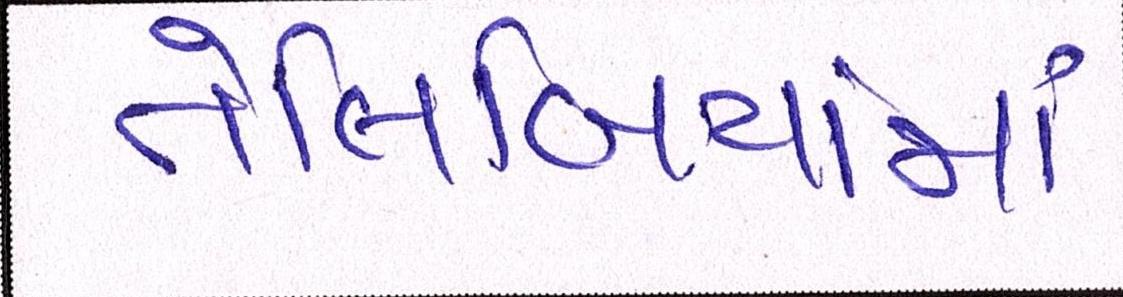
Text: તેલિબિયાંમાં